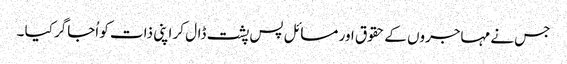
جس نے مہاجروں کے حقوق اور مسائل پس پشت ڈال کر اپنی ذات کو اُجاگر کیا ۔